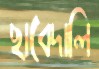
ছাবেদালি